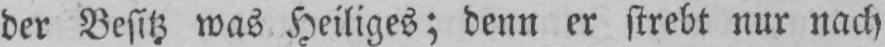
der Besitz was Heiliges; denn er strebt nur nach